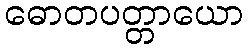
ဓောတပတ္တာယော